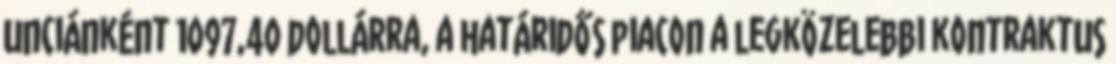
unciánként 1097,40 dollárra, a határidős piacon a legközelebbi kontraktus